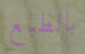
بالطبع